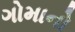
ગોમાનો